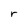
Character: r